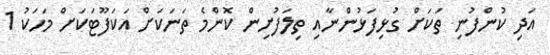
އަދި ކުންފުނި ތަކަށް ގުޅިފަޅުންނާއި ތިލަފުށިން ކޮންމެ ތަނަކަށް އަކަފޫޓަކަށް މަހަކު 1